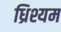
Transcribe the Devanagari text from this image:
ध्रिश्यम